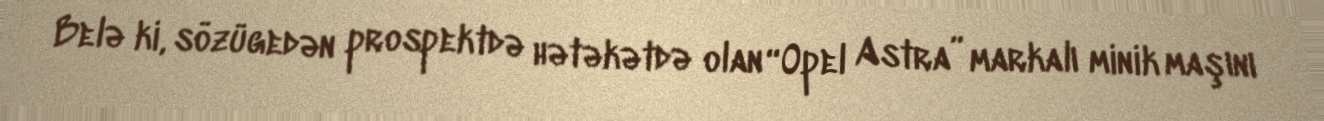
Belə ki, sözügedən prospektdə hətəkətdə olan “Opel Astra” markalı minik maşını